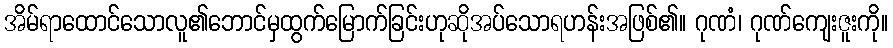
အိမ်ရာထောင်သောလူ၏ဘောင်မှထွက်မြောက်ခြင်းဟုဆိုအပ်သောရဟန်းအဖြစ်၏။ ဂုဏံ၊ ဂုဏ်ကျေးဇူးကို။